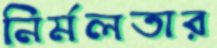
নির্মলতার